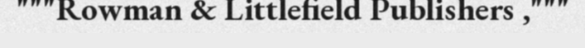
"""Rowman & Littlefield Publishers ,"""